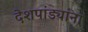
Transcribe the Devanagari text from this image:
देशपांड्यांना